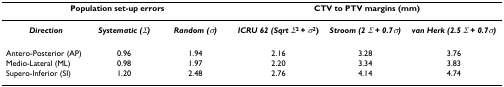
<table><thead><tr><td colspan="3"><b>Population set-up errors</b></td><td colspan="3"><b>CTV to PTV margins (mm)</b></td></tr></thead><tbody><tr><td><b><i>Direction</i></b></td><td><b><i>Systematic (Σ)</i></b></td><td><b><i>Random (σ)</i></b></td><td><b><i>ICRU 62 (Sqrt Σ</i><sup>2 </sup>+ <i>σ</i><sup>2</sup>)</b></td><td><b><i>Stroom (2 Σ </i>+ <i>0.7σ)</i></b></td><td><b><i>van Herk (2.5 Σ </i>+ <i>0.7σ)</i></b></td></tr><tr><td>Antero-Posterior (AP)</td><td>0.96</td><td>1.94</td><td>2.16</td><td>3.28</td><td>3.76</td></tr><tr><td>Medio-Lateral (ML)</td><td>0.98</td><td>1.97</td><td>2.20</td><td>3.34</td><td>3.83</td></tr><tr><td>Supero-Inferior (SI)</td><td>1.20</td><td>2.48</td><td>2.76</td><td>4.14</td><td>4.74</td></tr></tbody></table>